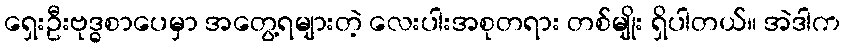
ရှေးဦးဗုဒ္ဓစာပေမှာ အတွေ့ရများတဲ့ လေးပါးအစုတရား တစ်မျိုး ရှိပါတယ်။ အဲဒါက